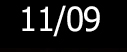
11/09